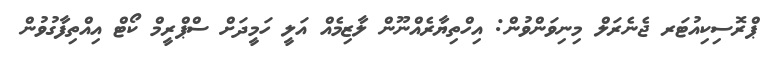
ޕްރޮސިކިއުޓަރ ޖެނެރަލް މިނިވަންވުން: އިހްތިޔާރެއްނޫން ލާޒިމެއް އަލީ ހަމީދަށް ސްޕްރީމް ކޯޓް އިއްތިފާގުވުން